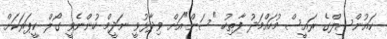
ކައުންސިލްގެ ރައީސް މުހައްމަދު ފާތިހު "ސަން"އަށް ވިދާޅުވީ ނަދީމް ހުންނެވީ ގޯލް ކީޕަރަކަށް